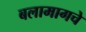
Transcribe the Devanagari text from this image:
बलामागचे